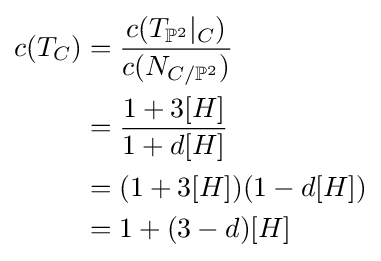
{\begin{aligned}c(T_{C})&={\frac {c(T_{\mathbb {P} ^{2}}|_{C})}{c(N_{C/\mathbb {P} ^{2}})}}\\&={\frac {1+3[H]}{1+d[H]}}\\&=(1+3[H])(1-d[H])\\&=1+(3-d)[H]\end{aligned}}